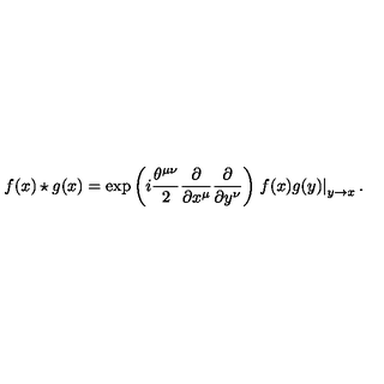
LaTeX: f ( x ) \star g ( x ) = \exp \left( i \frac { \theta ^ { \mu \nu } } { 2 } \frac { \partial } { \partial x ^ { \mu } } \frac { \partial } { \partial y ^ { \nu } } \right) \left. f ( x ) g ( y ) \right| _ { y \to x } .